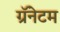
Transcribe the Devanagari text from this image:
ग्रॅनेटम